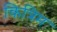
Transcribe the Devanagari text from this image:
कित्रिम